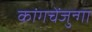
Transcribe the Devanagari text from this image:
कांगचेंजुन्गा